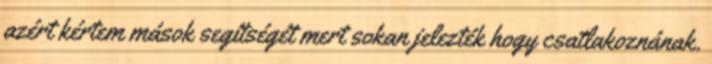
azért kértem mások segítségét mert sokan jelezték hogy csatlakoznának.